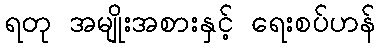
ရတု အမျိုးအစားနှင့် ရေးစပ်ဟန်